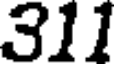
311